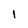
Character: 1